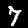
Digit: 7